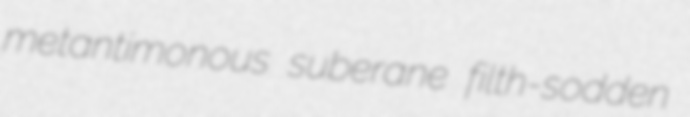
metantimonous suberane filth-sodden